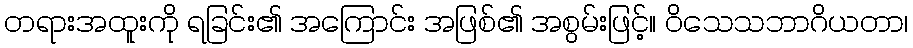
တရားအထူးကို ရခြင်း၏ အကြောင်း အဖြစ်၏ အစွမ်းဖြင့်။ ဝိသေသဘာဂိယတာ၊